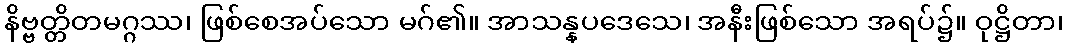
နိဗ္ဗတ္တိတမဂ္ဂဿ၊ ဖြစ်စေအပ်သော မဂ်၏။ အာသန္နပဒေသေ၊ အနီးဖြစ်သော အရပ်၌။ ဝုဋ္ဌိတာ၊